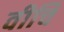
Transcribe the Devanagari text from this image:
वीचि